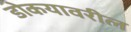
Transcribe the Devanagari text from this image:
डोकयावरील